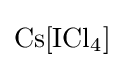
{\mathrm {Cs} [\mathrm {ICl} {\vphantom {A}}_{\smash[{t}]{4}}]}